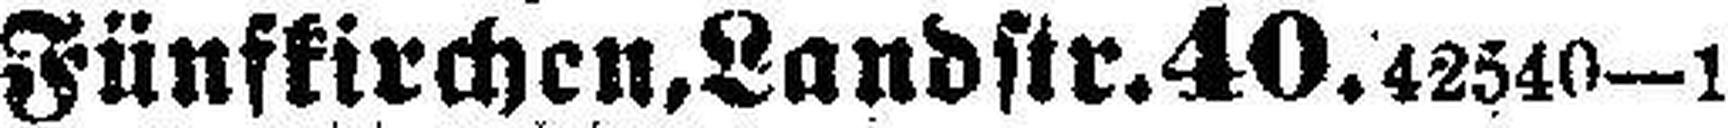
Fünfkirchen, Landstr. 40. 42540—1